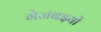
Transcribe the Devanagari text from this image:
गेजबइयों